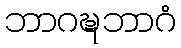
ဘာဂဍ္ဎဘာဂံ